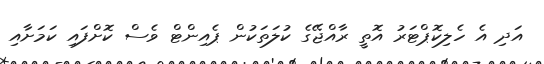
އަދި އެ ހެލިކޮޕްޓަރު އޮތީ ރާއްޖޭގެ ކުލަތަކުން ޕެއިންޓް ވެސް ކޮށްފައި ކަމަށާއި